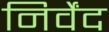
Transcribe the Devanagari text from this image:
निर्वेंद